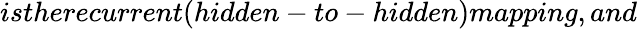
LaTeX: istherecurrent(hidden-to-hidden)mapping,and